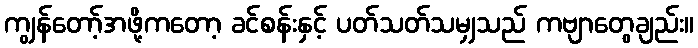
ကျွန်တော့်အဖို့ကတော့ ခင်စန်းနှင့် ပတ်သတ်သမျှသည် ကဗျာတွေချည်း။